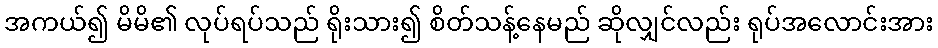
အကယ်၍ မိမိ၏ လုပ်ရပ်သည် ရိုးသား၍ စိတ်သန့်နေမည် ဆိုလျှင်လည်း ရုပ်အလောင်းအား